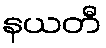
နယတီ